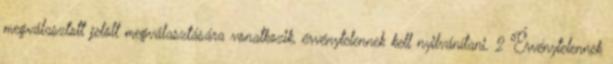
megválasztott jelölt megválasztására vonatkozik, érvénytelennek kell nyilvánítani. 2 Érvénytelennek